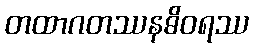
တထာဂတဿနဓိဝရဿ